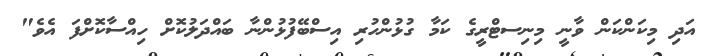
އަދި މިކަންކަން ވާނީ މިނިސޓްރީގެ ކަމާ ގުޅުންހުރި އިސްބޭފުޅުންނާ ބައްދަލުކޮށް ހިއްސާކޮށްފަ އެވެ"